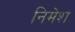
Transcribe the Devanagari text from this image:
निमेश